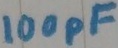
Text: 100pF